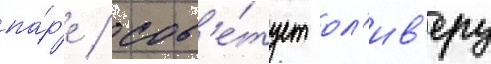
па́р'е / сов'е́тует ол'ив'еру